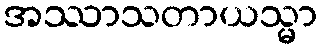
အဿာသတာယသ္မာ